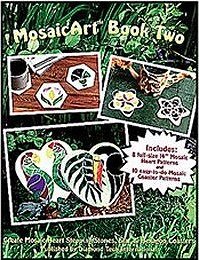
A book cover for MOSAIC ART: BOOK TWO Mosaic Pattern Book; Diamond Tech International; Arts & Photography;